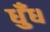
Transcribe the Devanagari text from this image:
धुँध